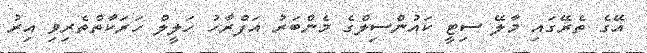
އޭގެ ތެރޭގައި މާލޭ ސިޓީ ކައުންސިލްގެ މެންބަރު އަފްރާހު ހަލީލް ހަރަކާތްތެރިވި އިރު